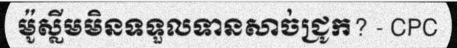
ម៉ូស្លីមមិនទទួលទានសាច់ជ្រូក? - CPC